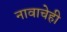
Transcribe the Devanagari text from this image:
नावाचेही